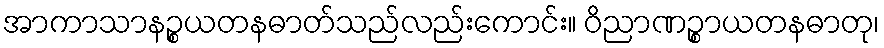
အာကာသာနဉ္စယတနဓာတ်သည်လည်းကောင်း။ ဝိညာဏဉ္စာယတနဓာတု၊